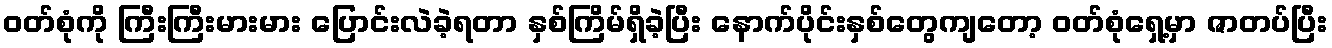
ဝတ်စုံကို ကြီးကြီးမားမား ပြောင်းလဲခဲ့ရတာ နှစ်ကြိမ်ရှိခဲ့ပြီး နောက်ပိုင်းနှစ်တွေကျတော့ ဝတ်စုံရှေ့မှာ ဇာတပ်ပြီး